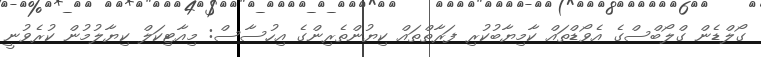
ގޯލްޑެން ގްލޯބްސްގެ އެވޯޑްތައް ކާމިޔާބުކުރި ފަރާތްތައް ކިޔުންތެރިންގެ އިހުސާސް: މިއާޓިކަލް ކިޔާލުމުން ކުރެވުނީ